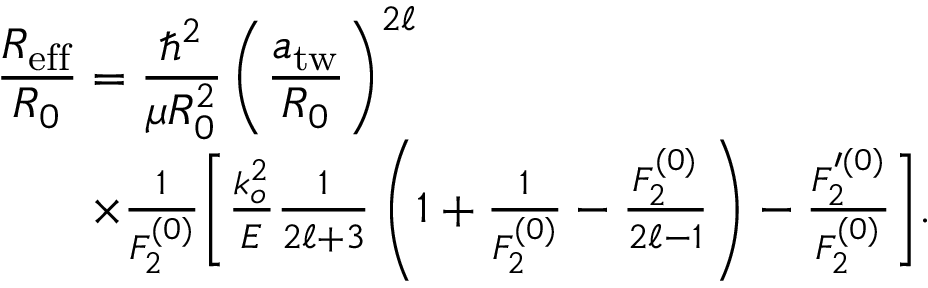
\begin{array} { r l r } { \lefteqn { \frac { R _ { \mathrm { e f f } } } { R _ { 0 } } = \frac { \hbar ^ { 2 } } { \mu R _ { 0 } ^ { 2 } } \left( \frac { a _ { \mathrm { t w } } } { R _ { 0 } } \right) ^ { 2 \ell } } } \\ & { } & { \times \frac { 1 } { F _ { 2 } ^ { ( 0 ) } } \bigg [ \frac { k _ { o } ^ { 2 } } { E } \frac { 1 } { 2 \ell + 3 } \left( 1 + \frac { 1 } { F _ { 2 } ^ { ( 0 ) } } - \frac { F _ { 2 } ^ { ( 0 ) } } { 2 \ell - 1 } \right) - \frac { F _ { 2 } ^ { \prime ( 0 ) } } { F _ { 2 } ^ { ( 0 ) } } \bigg ] . } \end{array}